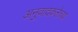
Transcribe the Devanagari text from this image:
अनुवादकलेच्या